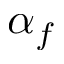
\alpha _ { f }